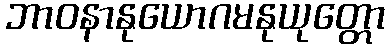
ဘာဝနာနုယောဂမနုယုတ္တော